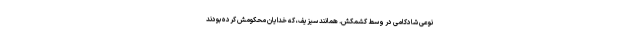
نوعی شادکامی در وسط کشمکش. همانند سیزیف، که خدایان محکومش کرده بودند